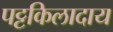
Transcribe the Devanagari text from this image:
पट्टकिलादाय